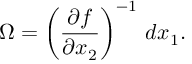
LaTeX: \Omega = \left( \frac { \partial f } { \partial x _ { 2 } } \right) ^ { - 1 } \, d x _ { 1 } .